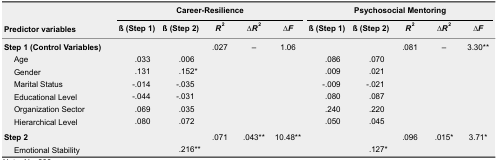
| <ROWSPAN=2> Predictor variables | <COLSPAN=5> Career-Resilience | <COLSPAN=5> Psychosocial Mentoring |
 | ß (Step 1) | ß (Step 2) | R2 | ∆R2 | ∆F | ß (Step 1) | ß (Step 2) | R2 | ∆R2 | ∆F |
 | --- | --- | --- | --- | --- | --- | --- | --- | --- | --- | --- |
 | Step 1 (Control Variables) |  |  | .027 | – | 1.06 |  |  | .081 | – | 3.30** |
 | Age | .033 | .006 |  |  |  | .086 | .070 |  |  |  |
 | Gender | .131 | .152* |  |  |  | .009 | .021 |  |  |  |
 | Marital Status | -.014 | -.035 |  |  |  | -.009 | -.021 |  |  |  |
 | Educational Level | -.044 | -.031 |  |  |  | .080 | .087 |  |  |  |
 | Organization Sector | .069 | .035 |  |  |  | .240 | .220 |  |  |  |
 | Hierarchical Level | .080 | .072 |  |  |  | .050 | .045 |  |  |  |
 | Step 2 |  |  | .071 | .043** | 10.48** |  |  | .096 | .015* | 3.71* |
 | Emotional Stability |  | .216** |  |  |  |  | .127* |  |  |  |